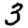
Digit: 3